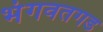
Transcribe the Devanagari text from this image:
भंगवतगड